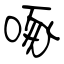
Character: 啄